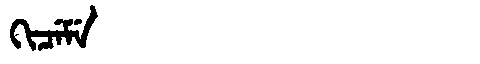
Manchu: ᡴᡳᠴᡝᠮᡝ
Romanization: KICEME